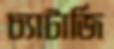
চ্যাটার্জি